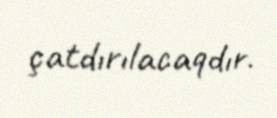
çatdırılacaqdır.